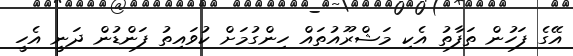
އޭގެ ފަހުން ތަފާތު އެކި މަޝްރޫއުތައް ހިންގުމަށް ކުވައިތު ފަންޑުން ދަނީ އެހީ